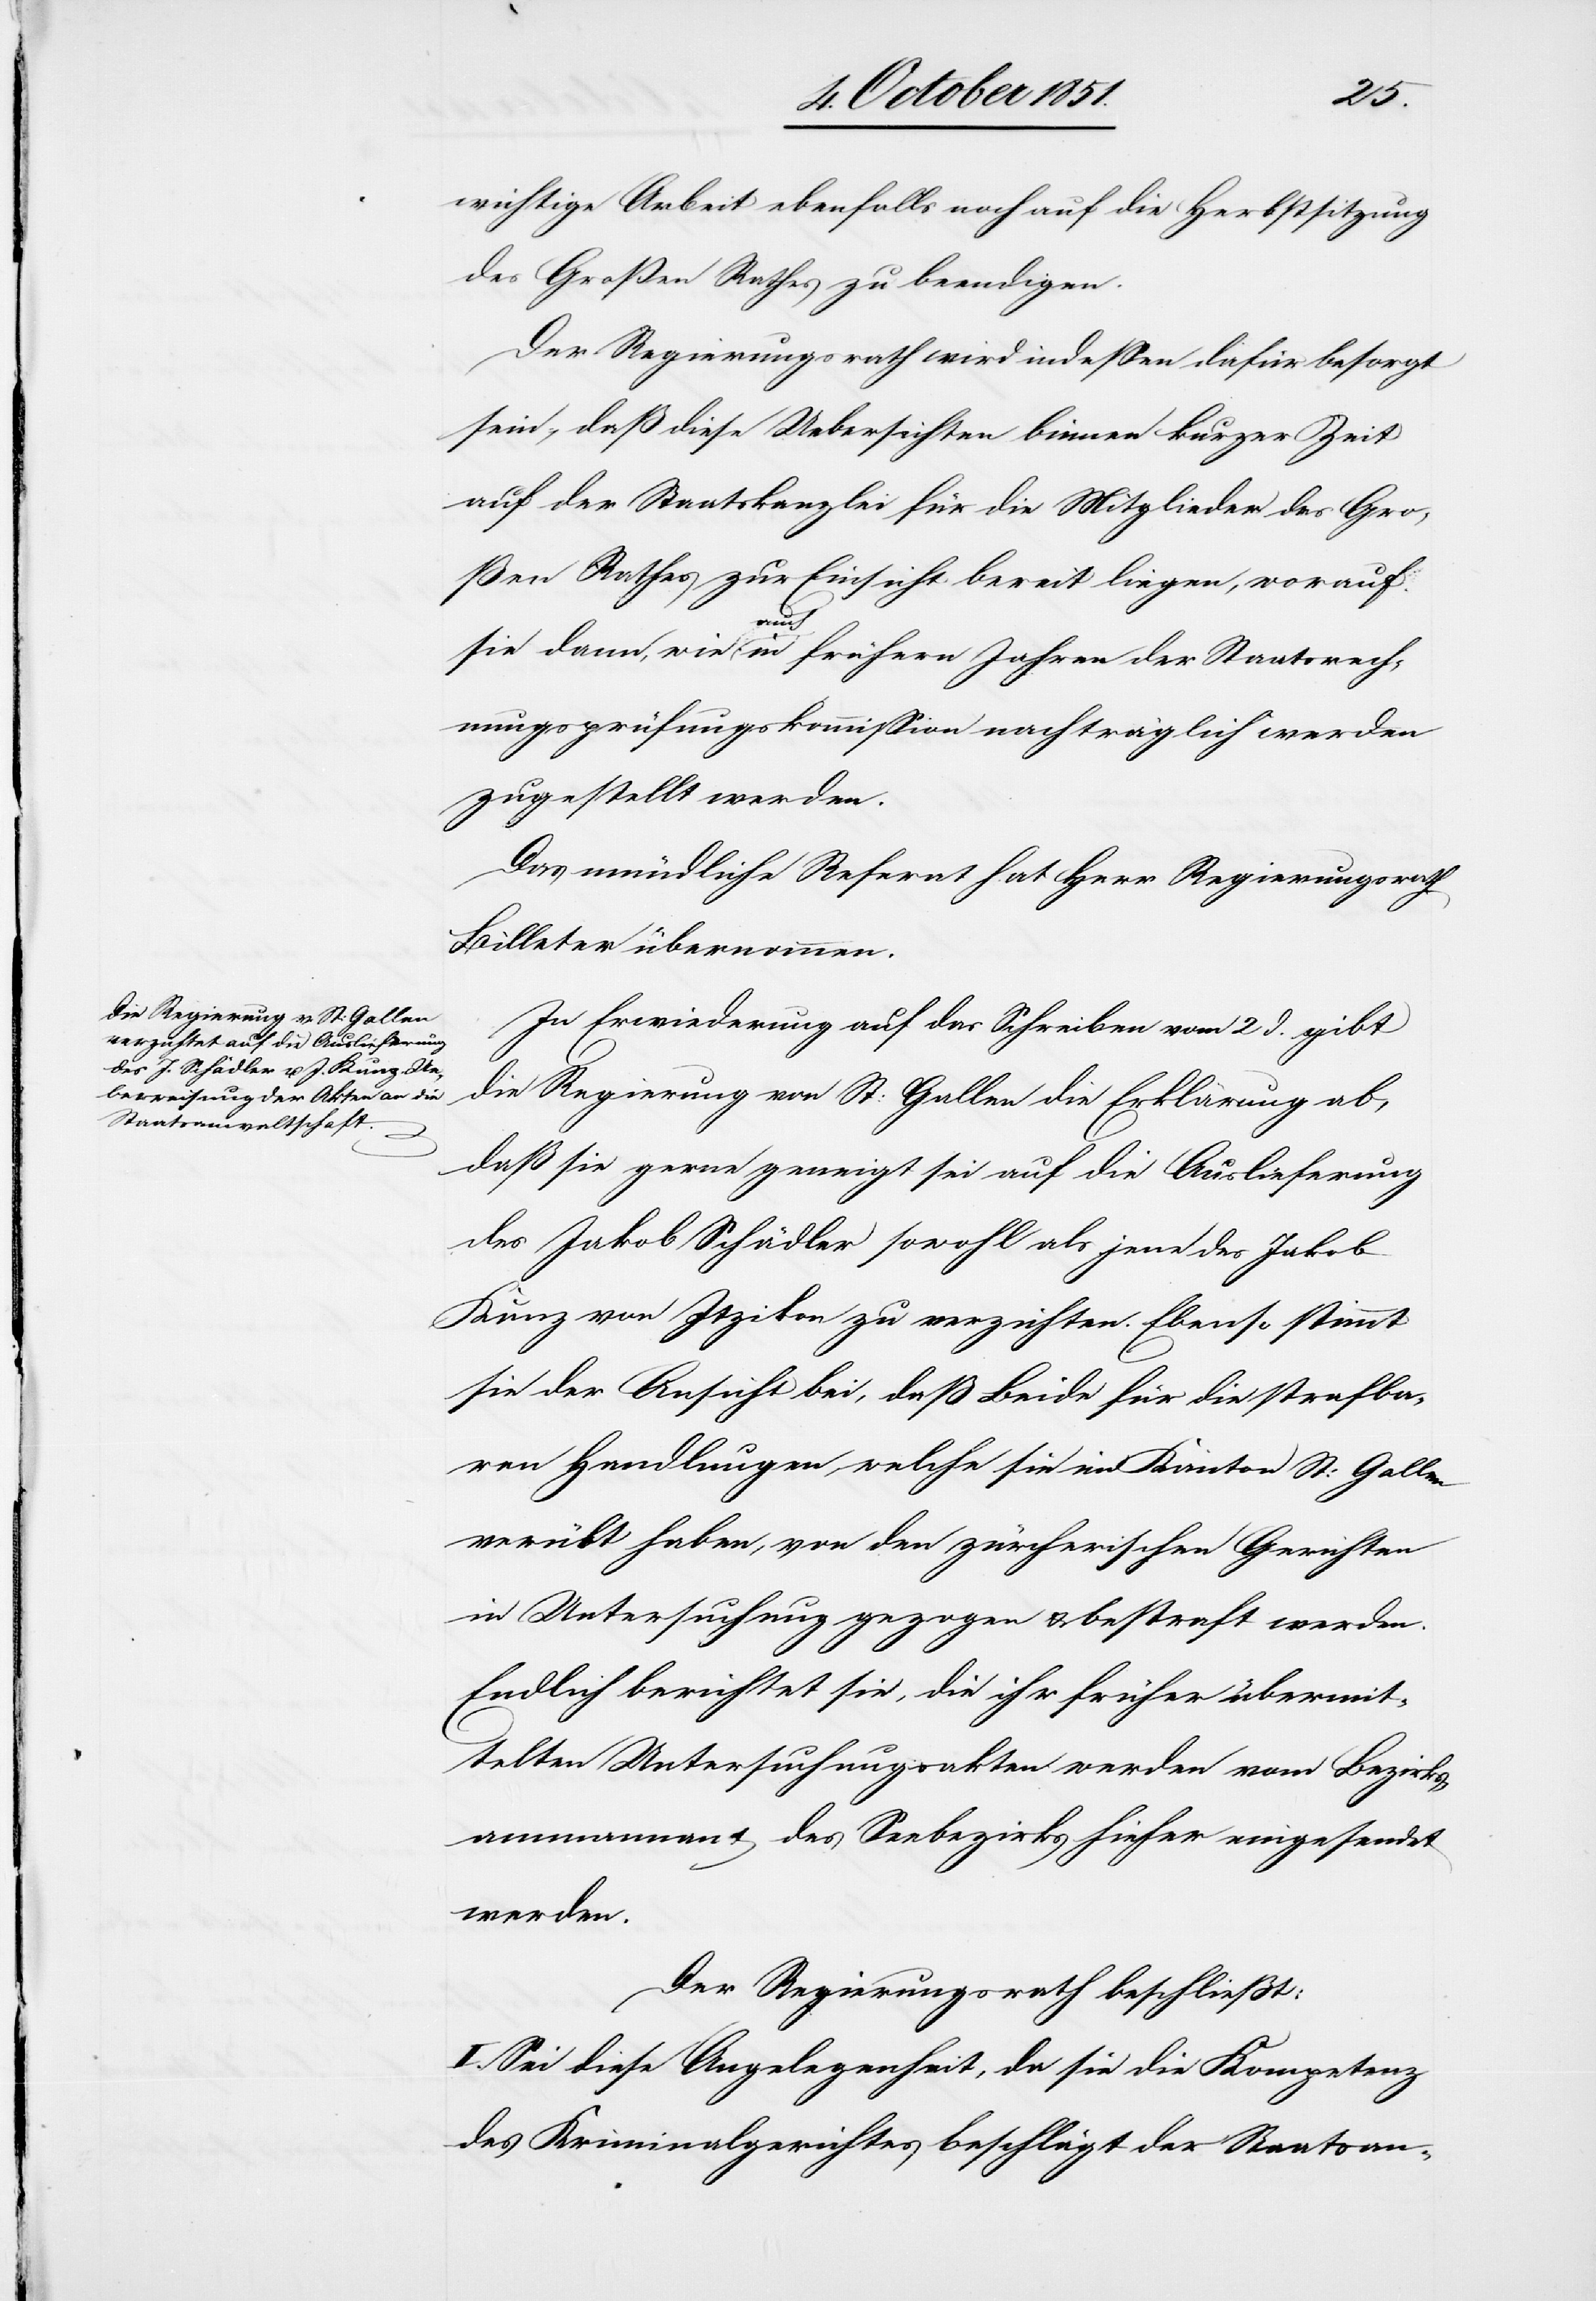
wichtige Arbeit ebenfalls noch auf die Herbstsitzung
des Großen Rathes zu beendigen.
Der Regierungsrath wird indessen dafür besorgt
sein, daß diese Uebersichten binnen kurzer Zeit
auf der Staatskanzlei für die Mitglieder des Gro¬
ßen Rathes zur Einsicht bereit liegen, worauf
sie dann, wie auch in frühern Jahren der Staatsrech¬
nungsprüfungskommission nachträglich werden
zugestellt werden.
Das mündliche Referat hat Herr Regierungsrath
Billeter übernommen.
In Erwiederung auf das Schreiben vom 2 d. gibt
die Regierung von St: Gallen die Erklärung ab,
daß sie gerne geneigt sei auf die Auslieferung
des Jakob Schädler sowohl als jene des Jakob
Kunz von Itzikon zu verzichten. Ebenso stimmt
sie der Ansicht bei, daß Beide für die strafba¬
ren Handlungen, welche sie im Kanton St: Gallen
verübt haben, von den zürcherischen Gerichten
in Untersuchung gezogen & bestraft werden.
Endlich berichtet sie, die ihr früher übermit¬
telten Untersuchungsakten werden vom Bezirks¬
ammannamt des Seebezirks hieher eingesendet
werden.
Der Regierungsrath beschließt:
I. Sei diese Angelegenheit, da sie die Kompetenz
des Kriminalgerichtes beschlägt der Staatsan-